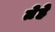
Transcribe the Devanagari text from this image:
तेहे